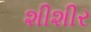
શીશીર